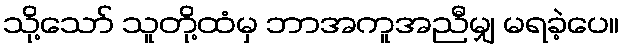
သို့သော် သူတို့ထံမှ ဘာအကူအညီမျှ မရခဲ့ပေ။